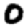
Digit: 0